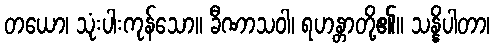
တယော၊ သုံးပါးကုန်သော။ ခီဏာသဝါ၊ ရဟန္တာတို့၏။ သန္နိပါတာ၊